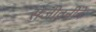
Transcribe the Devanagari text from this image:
संजीवनीने